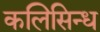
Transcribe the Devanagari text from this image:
कलिसिन्ध